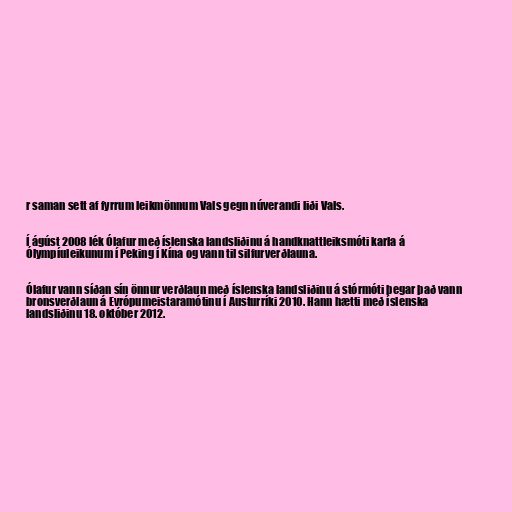
r saman sett af fyrrum leikmönnum Vals gegn núverandi liði Vals.

Í ágúst 2008 lék Ólafur með íslenska landsliðinu á handknattleiksmóti karla á
Ólympíuleikunum í Peking í Kína og vann til silfurverðlauna.

Ólafur vann síðan sín önnur verðlaun með íslenska landsliðinu á stórmóti þegar það vann
bronsverðlaun á Evrópumeistaramótinu í Austurríki 2010. Hann hætti með íslenska
landsliðinu 18. október 2012.